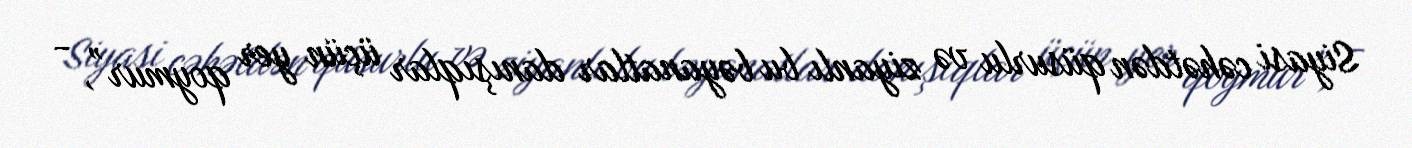
Siyasi cəhətdən qüsurlu və ziyanlı bu bəyanatlar danışıqlar üçün yer qoymur”, -